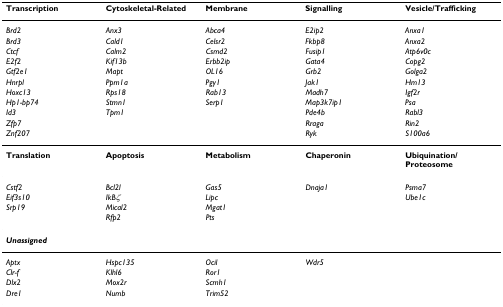
| Transcription | Cytoskeletal-Related | Membrane | Signalling | Vesicle/Trafficking |
 | --- | --- | --- | --- | --- |
 | Brd2 | Anx3 | Abca4 | E2ip2 | Anxa1 |
 | Brd3 | Cald1 | Celsr2 | Fkbp8 | Anxa2 |
 | Ctcf | Calm2 | Csmd2 | Fusip1 | Atp6v0c |
 | E2f2 | Kif13b | Erbb2ip | Gata4 | Copg2 |
 | Gtf2e1 | Mapt | OL16 | Grb2 | Golga2 |
 | Hnrpl | Ppm1a | Pgy1 | Jak1 | Hm13 |
 | Hoxc13 | Rps18 | Rab13 | Madh7 | Igf2r |
 | Hp1-bp74 | Stmn1 | Serp1 | Map3k7ip1 | Psa |
 | Id3 | Tpm1 |  | Pde4b | Rabl3 |
 | Zfp7 |  |  | Rraga | Rin2 |
 | Znf207 |  |  | Ryk | S100a6 |
 | Translation | Apoptosis | Metabolism | Chaperonin | Ubiquination/Proteosome |
 | Cstf2 | Bcl2l | Gas5 | Dnaja1 | Psma7 |
 | Eif3s10 | IkBζ | Lipc |  | Ube1c |
 | Srp19 | Mical2 | Mgat1 |  |  |
 |  | Rfp2 | Pts |  |  |
 | <COLSPAN=5> Unassigned |
 | Aptx | Hspc135 | Ocil | Wdr5 |  |
 | Clr-f | Klhl6 | Ror1 |  |  |
 | Dlx2 | Mox2r | Scmh1 |  |  |
 | Dre1 | Numb | Trim52 |  |  |